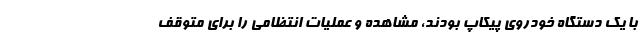
با یک دستگاه خودروی پیکاپ بودند، مشاهده و عملیات انتظامی را برای متوقف